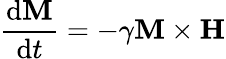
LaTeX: \frac{\mathrm{d}\mathbf{M}}{\mathrm{d}t}=-\gamma\mathbf{M}\times\mathbf{H}